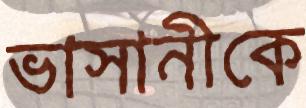
ভাসানীকে